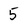
Character: 5